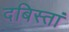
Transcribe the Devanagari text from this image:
दबिस्तां